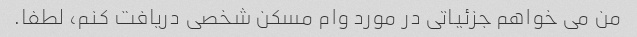
من می خواهم جزئیاتی در مورد وام مسکن شخصی دریافت کنم، لطفا.